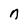
Character: n